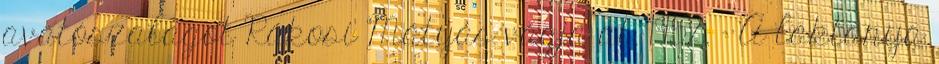
avatószalagot Rákosi Mátyás vágja át. 1952. – A laktanya